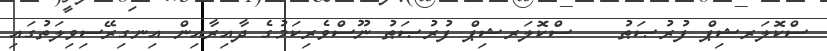
ސްކޮލަރޝިޕް ފުރުޞަޠު    ސްކޮލަރޝިޕް ފުރުޞަޠު ނޫސްވެރިކަމުގެ ދާއިރާއިން އިނގިރޭސިވިލަތުގައި